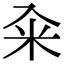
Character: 籴